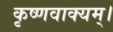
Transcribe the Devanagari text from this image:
कृष्णवाक्यम्।